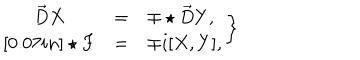
\left. \begin{array} { c c l } { { \vec { D } X } } & { { = } } & { { \mp \star \vec { D } Y , } } \\ { { \star F } } & { { = } } & { { \mp i [ X , Y ] , } } \\ \end{array} \right\}